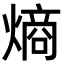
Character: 熵